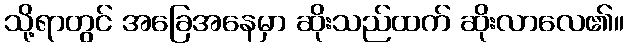
သို့ရာတွင် အခြေအနေမှာ ဆိုးသည်ထက် ဆိုးလာလေ၏။